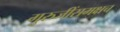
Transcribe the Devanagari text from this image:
गुरुजींसमक्षच